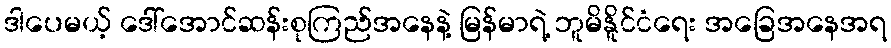
ဒါပေမယ့် ဒေါ်အောင်ဆန်းစုကြည်အနေနဲ့ မြန်မာရဲ့ ဘူမိနိူင်ငံရေး အခြေအနေအရ